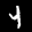
Label: 4